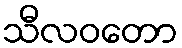
သီလဝတော